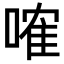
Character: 𠻓